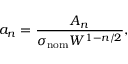
a _ { n } = \frac { A _ { n } } { \sigma _ { \mathrm { n o m } } W ^ { 1 - n / 2 } } ,